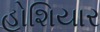
હોશિયાર